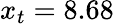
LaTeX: x_{t}=8.68